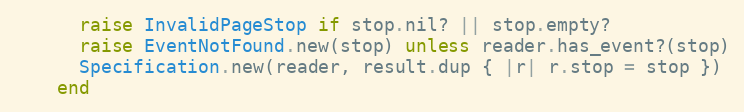
Language: Ruby
      raise InvalidPageStop if stop.nil? || stop.empty?
      raise EventNotFound.new(stop) unless reader.has_event?(stop)
      Specification.new(reader, result.dup { |r| r.stop = stop })
    end